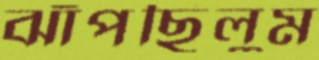
ঝাঁপছিলুম